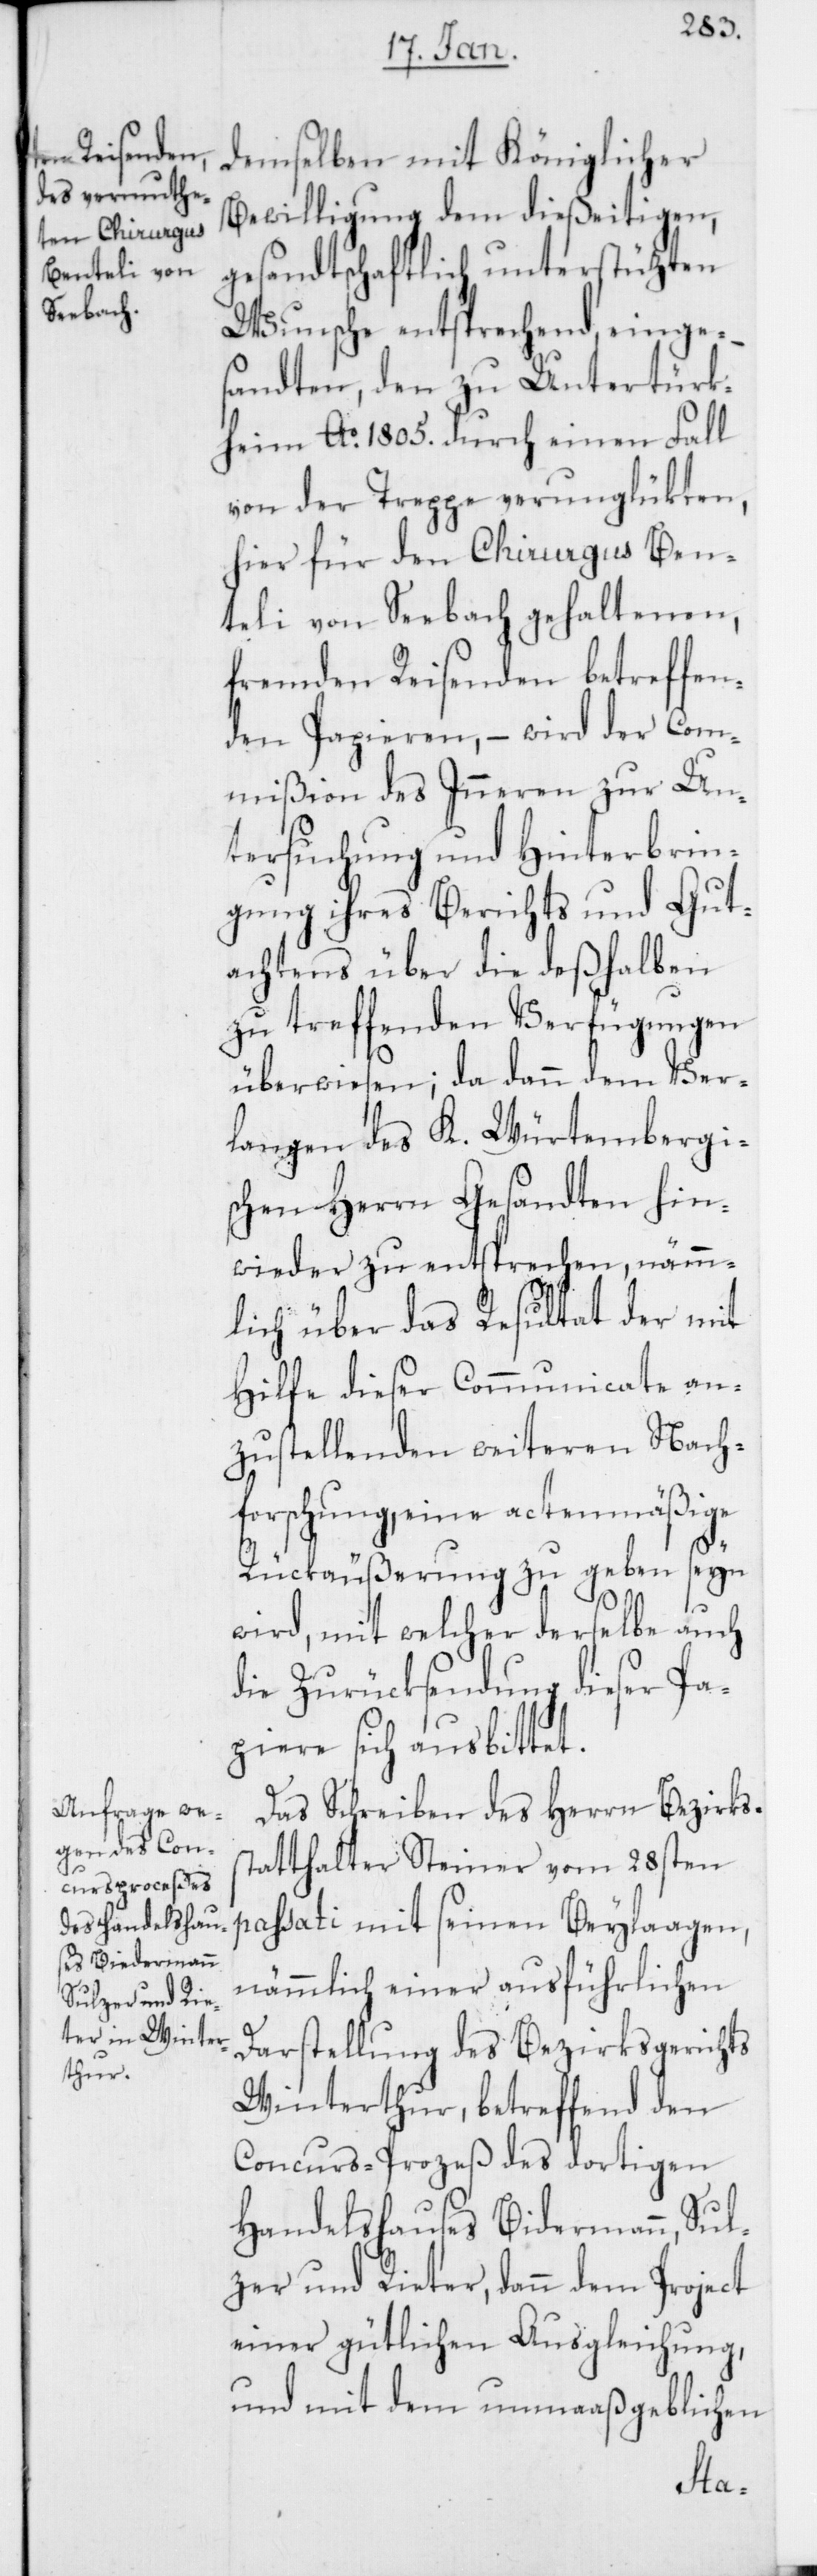
demselben mit Königlicher
Bewilligung dem dießeitigen,
gesandtschaftlich unterstüzten
Wunsche entsprechend, einges¬
andten, den zu Untertürk¬
heim Ao. 1805. durch einen Fall
von der Treppe verunglükten,
hier für den Chirurgus Ben¬
teli von Seebach gehaltenen,
fremden Reisenden betreffen¬
den Papieren, – wird der Com¬
mißion des Inneren zur Un¬
tersuchung und Hinterbrin¬
gung ihres Berichts und Gut¬
achtens über die deßhalben
zu treffenden Verfügungen
überwiesen, da dann dem Ver¬
langen des K. Würtembergi¬
schen Herrn Gesandten hin¬
wieder zu entsprechen, nämm¬
lich über das Resultat der mit
Hilfe dieser Communicate an¬
zustellenden weiteren Nach¬
forschung, eine actenmäßige
Rückäußerung zu geben seyn
wird, mit welcher derselbe auch
die Zurücksendung dieser Pa¬
piere sich ausbittet.
Das Schreiben des Herrn Bezirks¬
statthalter Steiner vom 28sten
passati mit seinen Beylaagen,
nämmlich einer ausführlichen
Darstellung des Bezirksgerichts
Winterthur, betreffend den
Concurs-Prozeß des dortigen
Handelshauses Bidermann
zer & Rieter, dann dem Project
einer gütlichen Ausgleichung,
und mit dem unmaaßgeblichen
Sul¬